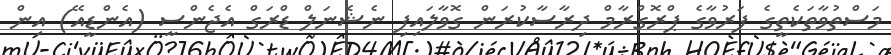
މަސްތުވާތަކެތީގެ ފަރުވާގެ ޕްރޮގްރާމް ދިރާސާކުރަން ގޮވާލައިފި ނެޝެނަލް ޑްރަގް އެޖެންސީ (އެންޑީއޭ) އިން